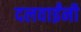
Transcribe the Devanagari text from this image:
दलवाईंनी